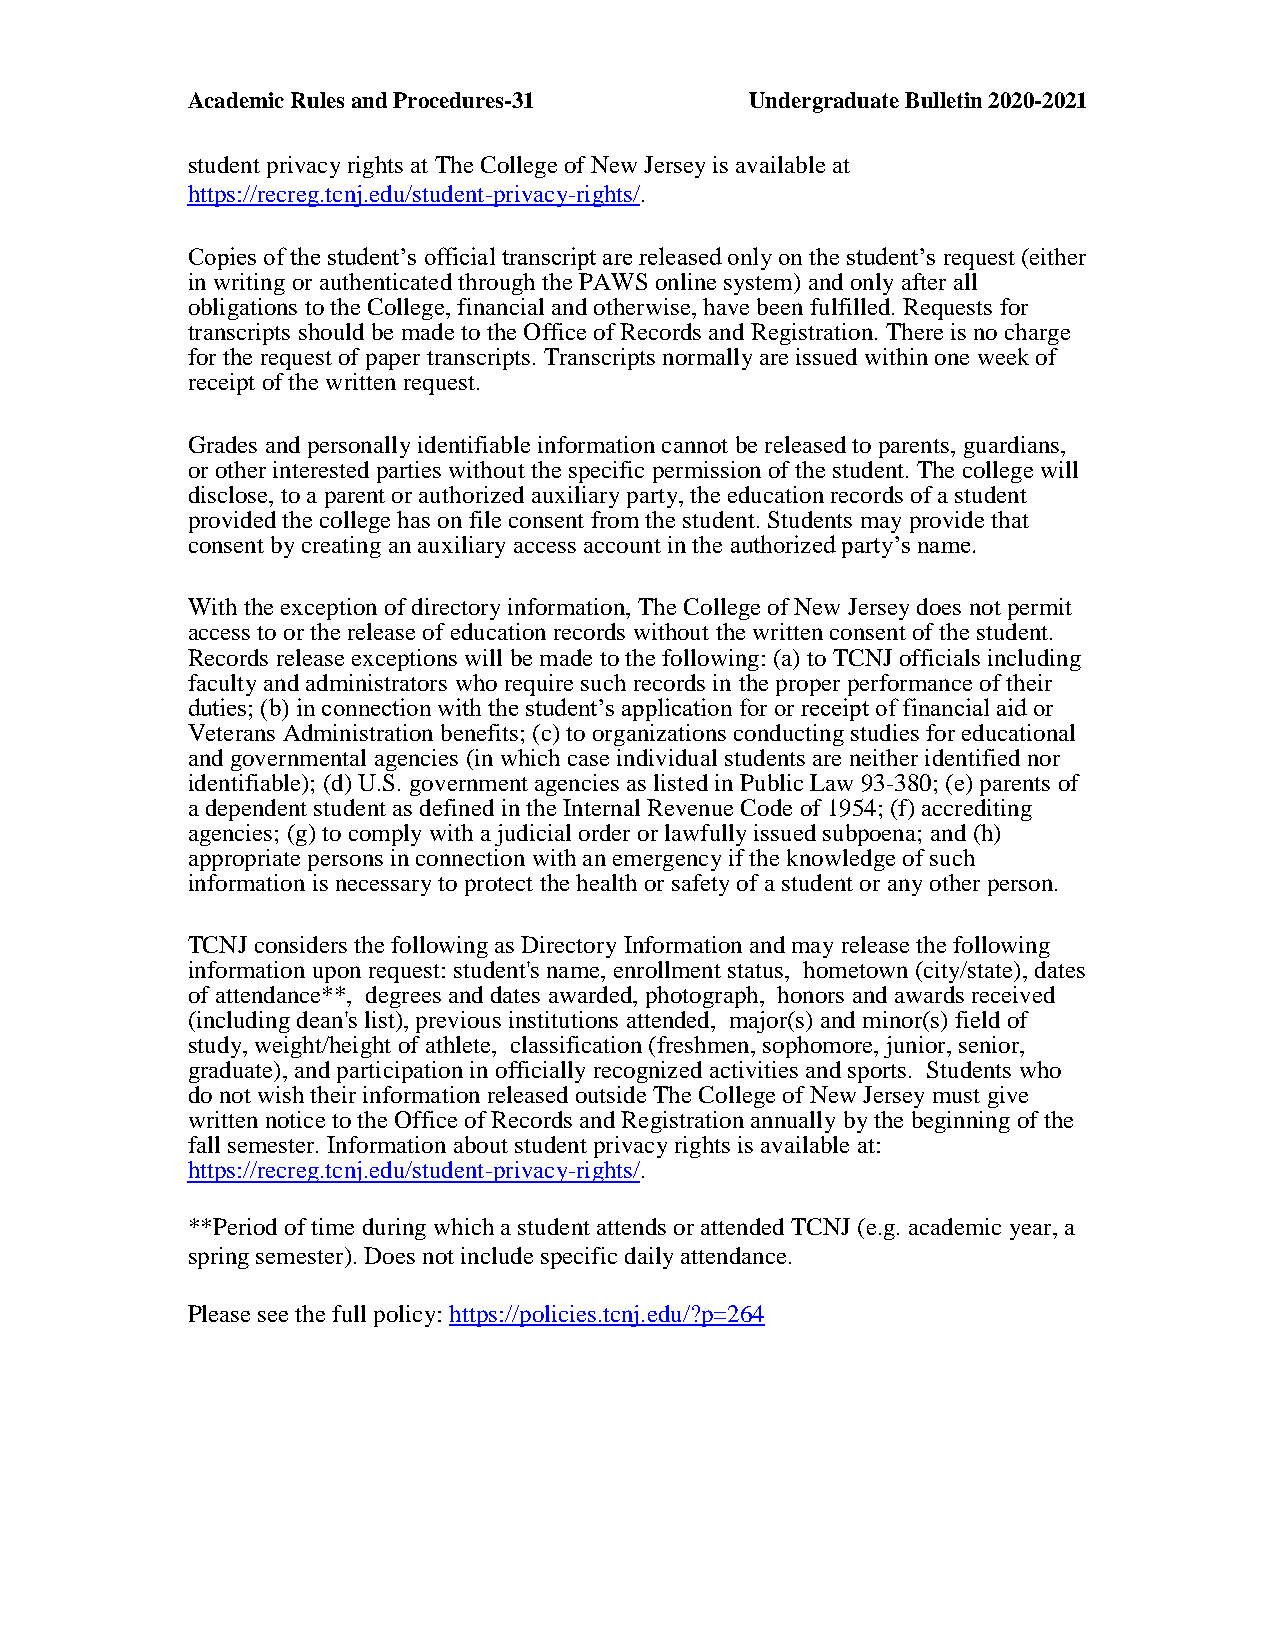
Academic Rules and Procedures-31      Undergraduate Bulletin 2020-2021
 student privacy rights at The College of New Jersey is available at
 https://recreg.tcnj.edu/student-privacy-rights/.
 Copies of the student’s official transcript are released only on the student’s request (either
 in writing or authenticated through the PAWS online system) and only after all
 obligations to the College, financial and otherwise, have been fulfilled. Requests for
 transcripts should be made to the Office of Records and Registration. There is no charge
 for the request of paper transcripts. Transcripts normally are issued within one week of
 receipt of the written request.
 Grades and personally identifiable information cannot be released to parents, guardians,
 or other interested parties without the specific permission of the student. The college will
 disclose, to a parent or authorized auxiliary party, the education records of a student
 provided the college has on file consent from the student. Students may provide that
 consent by creating an auxiliary access account in the authorized party’s name.
 With the exception of directory information, The College of New Jersey does not permit
 access to or the release of education records without the written consent of the student.
 Records release exceptions will be made to the following: (a) to TCNJ officials including
 faculty and administrators who require such records in the proper performance of their
 duties; (b) in connection with the student’s application for or receipt of financial aid or
 Veterans Administration benefits; (c) to organizations conducting studies for educational
 and governmental agencies (in which case individual students are neither identified nor
 identifiable); (d) U.S. government agencies as listed in Public Law 93-380; (e) parents of
 a dependent student as defined in the Internal Revenue Code of 1954; (f) accrediting
 agencies; (g) to comply with a judicial order or lawfully issued subpoena; and (h)
 appropriate persons in connection with an emergency if the knowledge of such
 information is necessary to protect the health or safety of a student or any other person.
 TCNJ considers the following as Directory Information and may release the following
 information upon request: student's name, enrollment status, hometown (city/state), dates
 of attendance**, degrees and dates awarded, photograph, honors and awards received
 (including dean's list), previous institutions attended, major(s) and minor(s) field of
 study, weight/height of athlete, classification (freshmen, sophomore, junior, senior,
 graduate), and participation in officially recognized activities and sports. Students who
 do not wish their information released outside The College of New Jersey must give
 written notice to the Office of Records and Registration annually by the beginning of the
 fall semester. Information about student privacy rights is available at:
 https://recreg.tcnj.edu/student-privacy-rights/.
 **Period of time during which a student attends or attended TCNJ (e.g. academic year, a
 spring semester). Does not include specific daily attendance.
 Please see the full policy: https://policies.tcnj.edu/?p=264